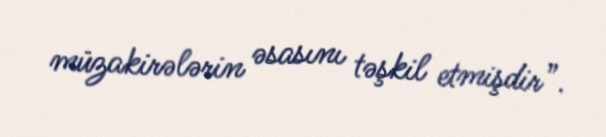
müzakirələrin əsasını təşkil etmişdir”.